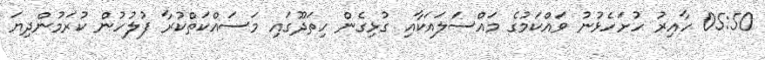
05:50 ހާއިރު ހުށަހެޅުނު ވައްކަމުގެ މައްސަލައަކާއި ގުޅިގެން ހިތަދޫގައި މަސައްކަތްކުރާ ފުލުހުން ކުރަމުންދިޔަ